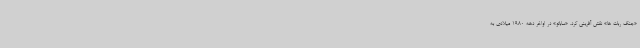
«جنگ ربات ها» نقش آفرینی کرد. «ساباتو» در اواخر دهه 1980 میلادی به